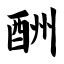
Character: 酬